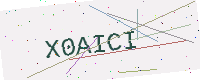
Text: X0AICI